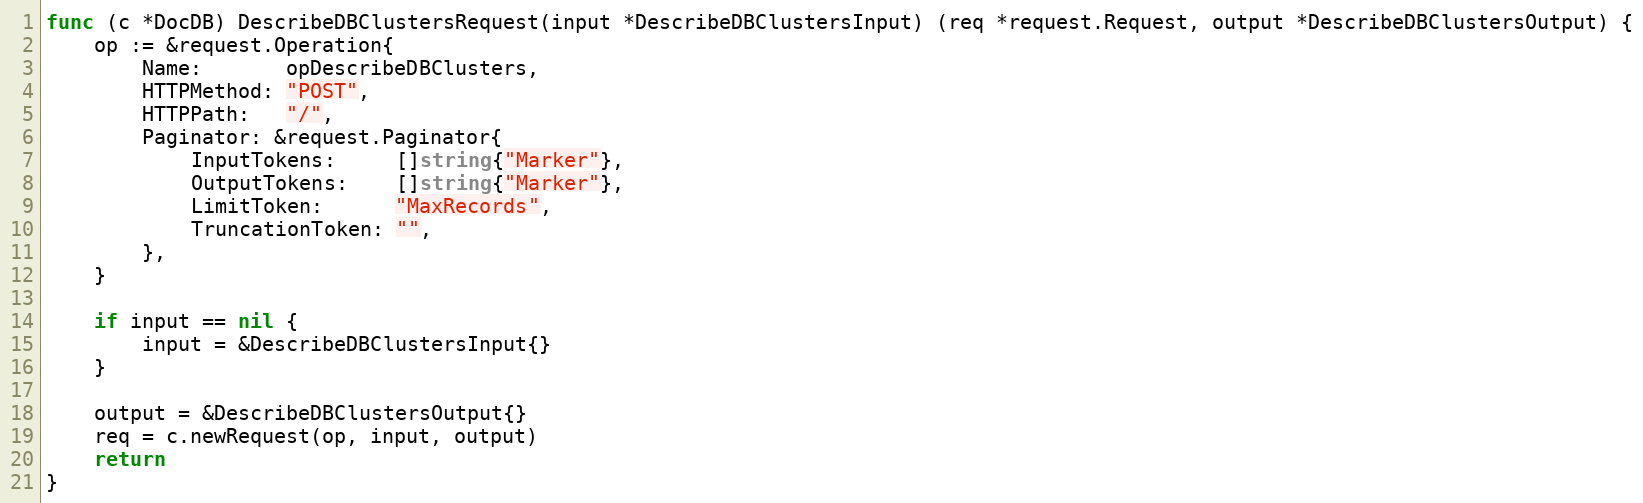
Language: Go
func (c *DocDB) DescribeDBClustersRequest(input *DescribeDBClustersInput) (req *request.Request, output *DescribeDBClustersOutput) {
	op := &request.Operation{
		Name:       opDescribeDBClusters,
		HTTPMethod: "POST",
		HTTPPath:   "/",
		Paginator: &request.Paginator{
			InputTokens:     []string{"Marker"},
			OutputTokens:    []string{"Marker"},
			LimitToken:      "MaxRecords",
			TruncationToken: "",
		},
	}

	if input == nil {
		input = &DescribeDBClustersInput{}
	}

	output = &DescribeDBClustersOutput{}
	req = c.newRequest(op, input, output)
	return
}